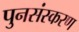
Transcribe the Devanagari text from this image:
पुनसंस्करण